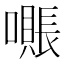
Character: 𫬖